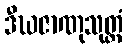
ဒီဃဇာဏုသုတ္တံ